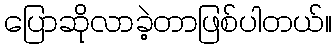
ပြောဆိုလာခဲ့တာဖြစ်ပါတယ်။